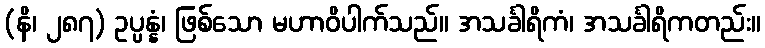
(နိ၊ ၂၈၇) ဥပ္ပန္နံ၊ ဖြစ်သော မဟာဝိပါက်သည်။ အသင်္ခါရိကံ၊ အသင်္ခါရိကတည်း။